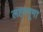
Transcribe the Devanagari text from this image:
लहरनूमा